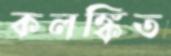
কলঙ্কিত